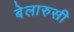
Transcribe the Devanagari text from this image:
बेलारुसी